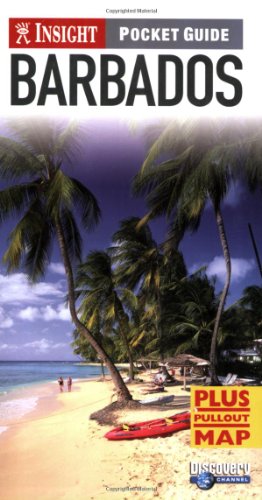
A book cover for Insight Pocket Guide: Barbados (Insight Pocket Guides); Travel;